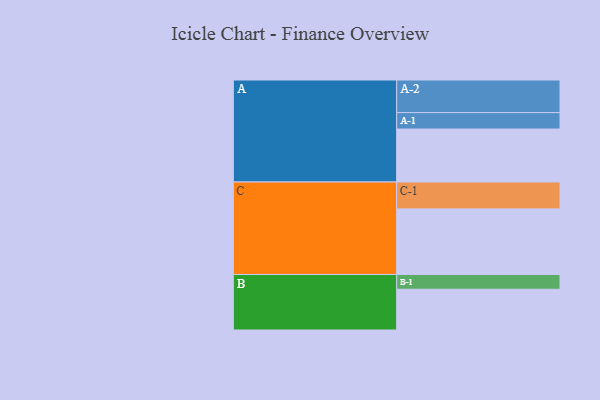
{"axis": {"x": "Segment", "y": "Value"}, "legend": ["", "A", "B", "C"], "data": [{"x": "A", "y": 416, "type": ""}, {"x": "B", "y": 320, "type": ""}, {"x": "C", "y": 515, "type": ""}, {"x": "A-1", "y": 129, "type": "A"}, {"x": "A-2", "y": 256, "type": "A"}, {"x": "B-1", "y": 116, "type": "B"}, {"x": "C-1", "y": 211, "type": "C"}]}